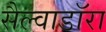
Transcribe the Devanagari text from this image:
सैल्वाडॉरा